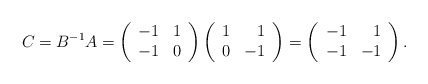
\begin{align*}C=B^{-1}A=\left( \begin{array}{rr} -1 & 1 \\ -1 & 0 \\ \end{array}\right)\left( \begin{array}{rr} 1 & 1 \\ 0 & -1 \\ \end{array}\right)=\left( \begin{array}{rr} -1 & 1 \\ -1 & -1 \\ \end{array}\right).\end{align*}